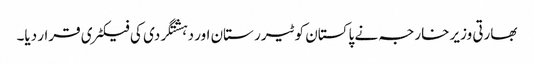
بھارتی وزیر خارجہ نے پاکستان کو ٹیرر ستان اور دہشتگردی کی فیکٹری قرار دیا۔